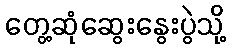
တွေ့ဆုံဆွေးနွေးပွဲသို့